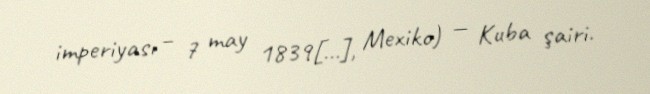
imperiyası – 7 may 1839[…], Mexiko) — Kuba şairi.